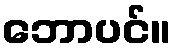
ဘောပင်။